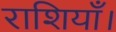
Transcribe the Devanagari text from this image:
राशियाँ।